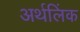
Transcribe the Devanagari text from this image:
अर्थलिंक